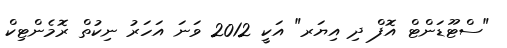
"ސްޓޫޑަންޓް އޮފް ދި އިޔަރ" އަކީ 2012 ވަނަ އަހަރު ނިކުތް ރޮމެންޓިކް